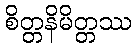
စိတ္တနိမိတ္တဿ